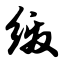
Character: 缴